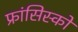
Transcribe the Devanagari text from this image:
फ्रांसिस्‍को